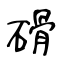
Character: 磆